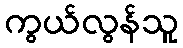
ကွယ်လွန်သူ